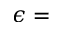
\epsilon =